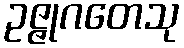
ဥဇ္ဇုဂတေသု